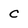
Character: c